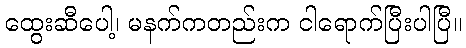
ထွေးဆီပေါ့၊ မနက်ကတည်းက ငါရောက်ပြီးပါပြီ။